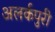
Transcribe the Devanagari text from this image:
अलर्कपुरी